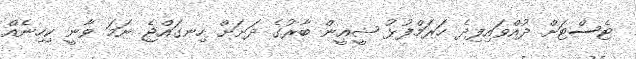
ޓެސްޓަށް ދުއްވައިފިދެ ހަރަމްފުޅު ޝީއީން ބާރުގެ ދަށަށް ހިނގައްޖެ ނަމަ ވާނީ ކިހިނެއް